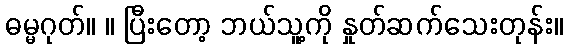
ဓမ္မဂုတ်။ ။ ပြီးတော့ ဘယ်သူ့ကို နှုတ်ဆက်သေးတုန်း။